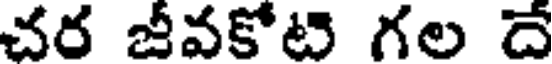
చర జీవకోటి గల దే